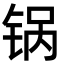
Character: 锅